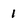
Character: 1